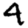
Digit: 4